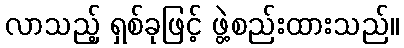
လာသည့် ရှစ်ခုဖြင့် ဖွဲ့စည်းထားသည်။